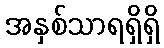
အနှစ်သာရရှိရှိ